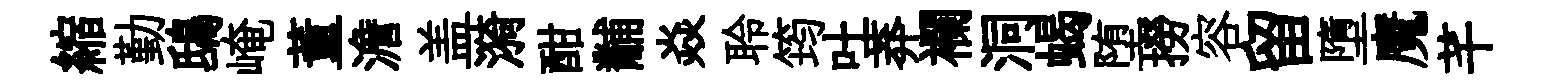
縮勤鴟崦董澹盖漪酣黼焱聆筠吐莽襴洞蝎堕撈容留墮魔芊